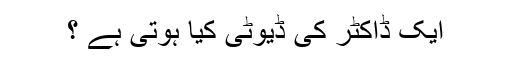
ایک ڈاکٹر کی ڈیوٹی کیا ہوتی ہے ؟